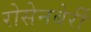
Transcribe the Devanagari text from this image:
रोसेनबेर्री